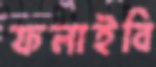
ফলাইবি